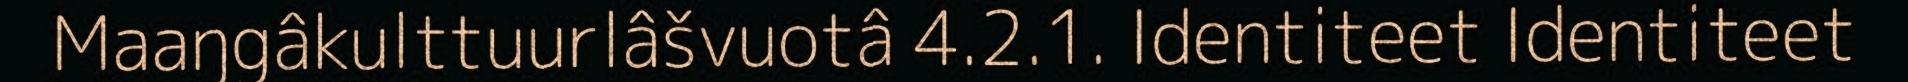
Maaŋgâkulttuurlâšvuotâ 4.2.1. Identiteet Identiteet